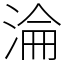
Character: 淪